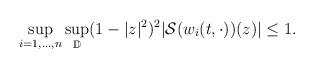
LaTeX: \begin{align*} \sup_{i=1,\ldots,n}\sup_{\mathbb{D}} (1-|z|^2)^2 | \mathcal{S}(w_i(t,\cdot))(z)| \leq 1. \end{align*}